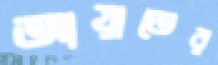
আয়াতের